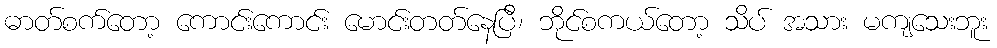
ဓာတ်စက်တော့ ကောင်းကောင်း မောင်းတတ်နေပြီ၊ ဘိုင်စကယ်တော့ သိပ် အသား မကျသေးဘူး